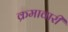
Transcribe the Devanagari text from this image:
क्रमावारी